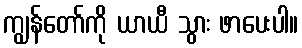
ကျွန်တော်ကို ယာယီ သွား ဖာပေးပါ။